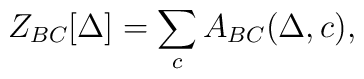
Z_{BC}[\Delta] = \sum_{c} A_{BC}(\Delta,c),